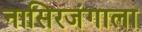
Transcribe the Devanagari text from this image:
नासिरजंगाला